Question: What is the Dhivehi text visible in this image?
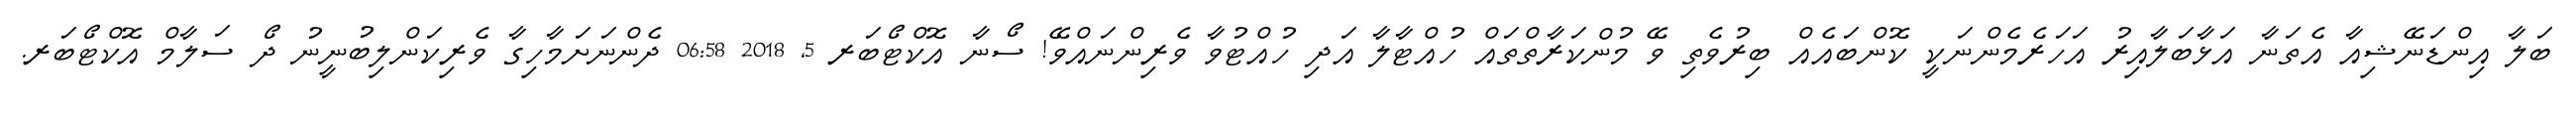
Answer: ބަލާ އިންޑަނޭޝިއާ އެތަނާ އަޅާބަލާއިރު އަހަރެމެންނަކީ ކޮންބައެއް ބިރުވެތި ވޭ މުންކަރާތްތައް ހުއްޓާލާ އަދި ހުއްޓުވާ ވެރިންނައްވޭ! ސޯނާ އޮކްޓޯބަރ 5, 2018 06:58 ދެންނަށަމާހިގާ ވެރިކަންލިބުނީނު ދޯ ސަލާމް އޮކްޓޯބަރ.